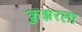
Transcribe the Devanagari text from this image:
क्रुझरला